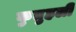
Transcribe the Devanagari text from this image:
कुतुहली